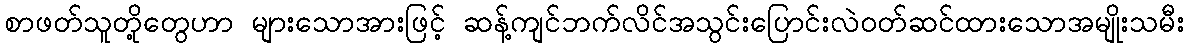
စာဖတ်သူတို့တွေဟာ များသောအားဖြင့် ဆန့်ကျင်ဘက်လိင်အသွင်းပြောင်းလဲဝတ်ဆင်ထားသောအမျိုးသမီး